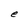
Character: e